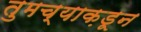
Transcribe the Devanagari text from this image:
तुमच्याक़डून